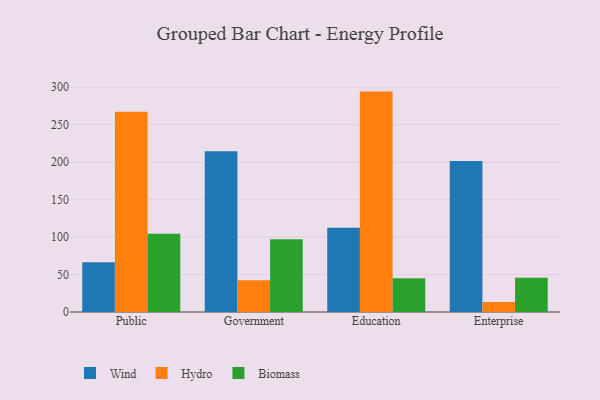
{"axis": {"x": "Segment", "y": "Satisfaction Score"}, "legend": ["Biomass", "Hydro", "Wind"], "data": [{"x": "Public", "y": 66.4, "type": "Wind"}, {"x": "Public", "y": 267.3, "type": "Hydro"}, {"x": "Public", "y": 104.5, "type": "Biomass"}, {"x": "Government", "y": 214.4, "type": "Wind"}, {"x": "Government", "y": 42.4, "type": "Hydro"}, {"x": "Government", "y": 97.0, "type": "Biomass"}, {"x": "Education", "y": 112.4, "type": "Wind"}, {"x": "Education", "y": 294.1, "type": "Hydro"}, {"x": "Education", "y": 45.0, "type": "Biomass"}, {"x": "Enterprise", "y": 201.6, "type": "Wind"}, {"x": "Enterprise", "y": 13.2, "type": "Hydro"}, {"x": "Enterprise", "y": 45.6, "type": "Biomass"}]}